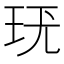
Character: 𤤞